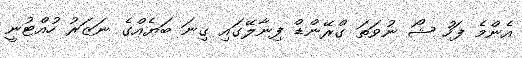
އެންމެ ފަހު ޝޯ ނުވަތަ ގްރޭންޑް ފިނާލޭގައި ގިނަ ބަޔެއްގެ ނަޒަރު ހުއްޓުނީ